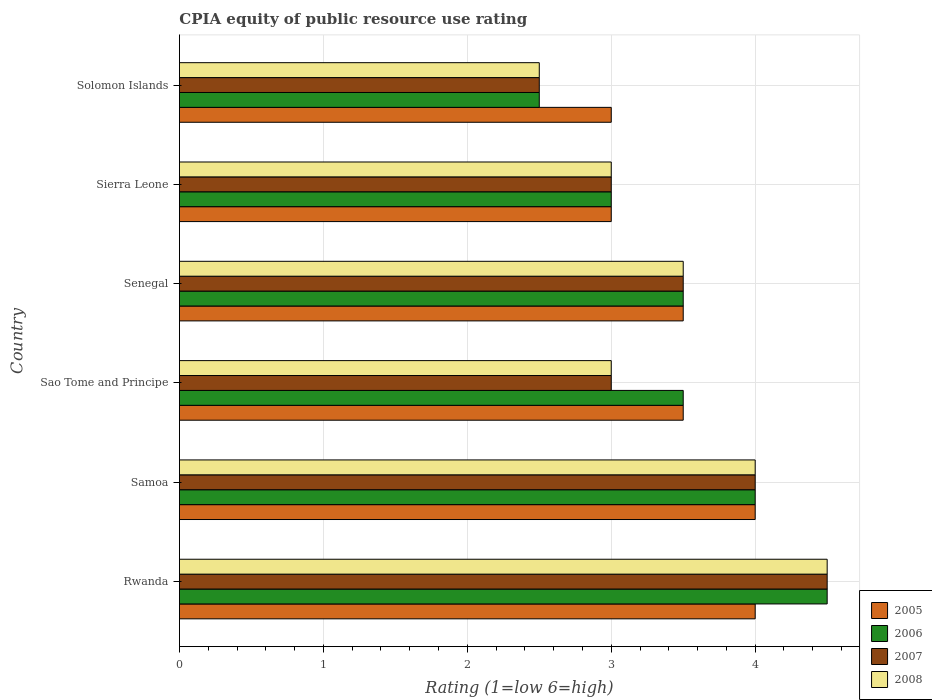
| Country | 2005 | 2006 | 2007 | 2008 |
 | --- | --- | --- | --- | --- |
 | Rwanda | 4 | 4.5 | 4.5 | 4.5 |
 | Samoa | 4 | 4 | 4 | 4 |
 | Sao Tome and Principe | 3.5 | 3.5 | 3 | 3 |
 | Senegal | 3.5 | 3.5 | 3.5 | 3.5 |
 | Sierra Leone | 3 | 3 | 3 | 3 |
 | Solomon Islands | 3 | 2.5 | 2.5 | 2.5 |